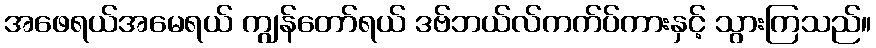
အဖေရယ်အမေရယ် ကျွန်တော်ရယ် ဒဗ်ဘယ်လ်ကက်ပ်ကားနှင့် သွားကြသည်။